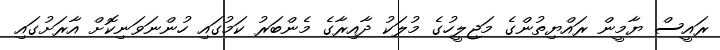
ރައީސް ޔާމީން ރައްޔިތުންގެ މަޖިލީހުގެ މުލަކު ދާއިރާގެ މެންބަރު ކަމުގައި ހުންނަވަނިކޮށް އާރަށުގައި